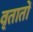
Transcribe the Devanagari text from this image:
वृतातों